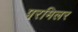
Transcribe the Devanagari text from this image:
परमिलर